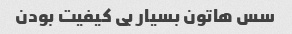
سس هاتون بسیار بی کیفیت بودن